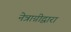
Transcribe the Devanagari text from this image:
नेत्राग्नीद्वारा